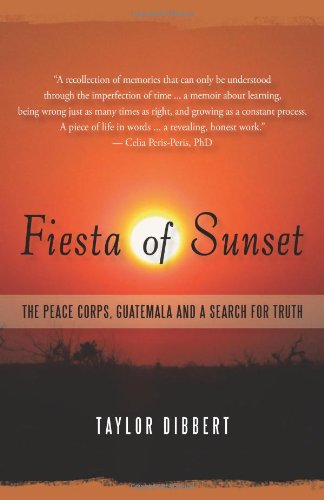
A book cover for Fiesta of Sunset: The Peace Corps, Guatemala and a Search for Truth; Taylor Dibbert; Travel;